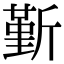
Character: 斳